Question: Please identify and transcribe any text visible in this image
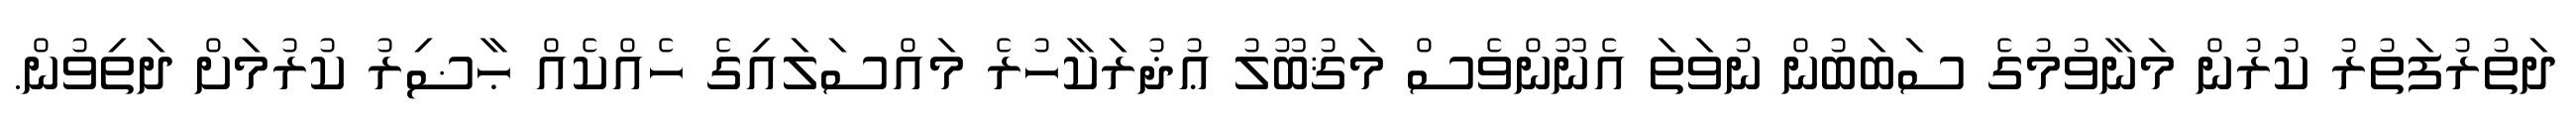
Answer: ދަތުރުފަތުރު ކުރުން މަނާވުމުގެ ސަބަބުން ނުވަތަ އެނޫންވެސް މަޤުބޫލު ޢުޛުރަކާހުރެ މައްސަލައިގެ ހެއްކެއް ޙާޟިރު ކުރުމަށް ދަތިވުން.